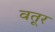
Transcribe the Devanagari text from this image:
वतूर